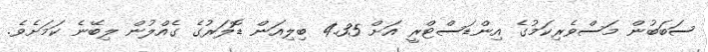
ސަބަބުން މަސްވެރިކަމުގެ އިންޑަސްޓްރީ އަށް 4.35 ބިލިއަން ޑޮލަރުގެ ގެއްލުން ލިބޭނެ ކަމަށެވެ.